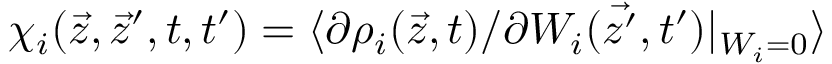
\chi _ { i } ( \vec { z } , \vec { z } ^ { \prime } , t , t ^ { \prime } ) = \langle \partial \rho _ { i } ( \vec { z } , t ) / \partial W _ { i } ( \vec { z ^ { \prime } } , t ^ { \prime } ) | _ { W _ { i } = 0 } \rangle